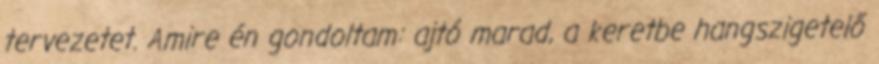
tervezetet. Amire én gondoltam: ajtó marad, a keretbe hangszigetelő